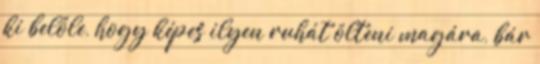
ki belőle, hogy képes ilyen ruhát ölteni magára, bár